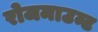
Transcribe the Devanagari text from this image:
रोजमाउन्ट